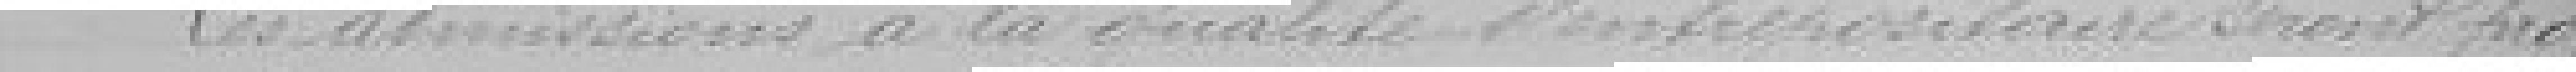
Les admissions à la qualité d'intermédiaire seront